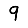
Digit: 9